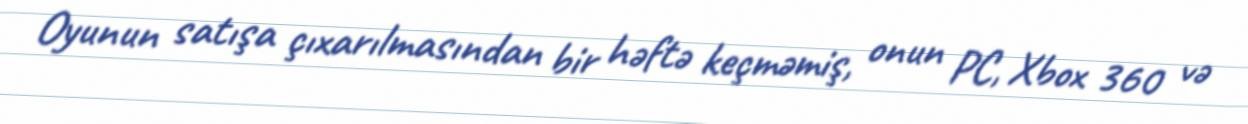
Oyunun satışa çıxarılmasından bir həftə keçməmiş, onun PC, Xbox 360 və